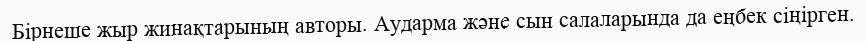
Бірнеше жыр жинақтарының авторы. Аударма және сын салаларында да еңбек сіңірген.